Western US Event
Agency: Department of War
Incident date: 2023
Incident location: Western United States
Page 3
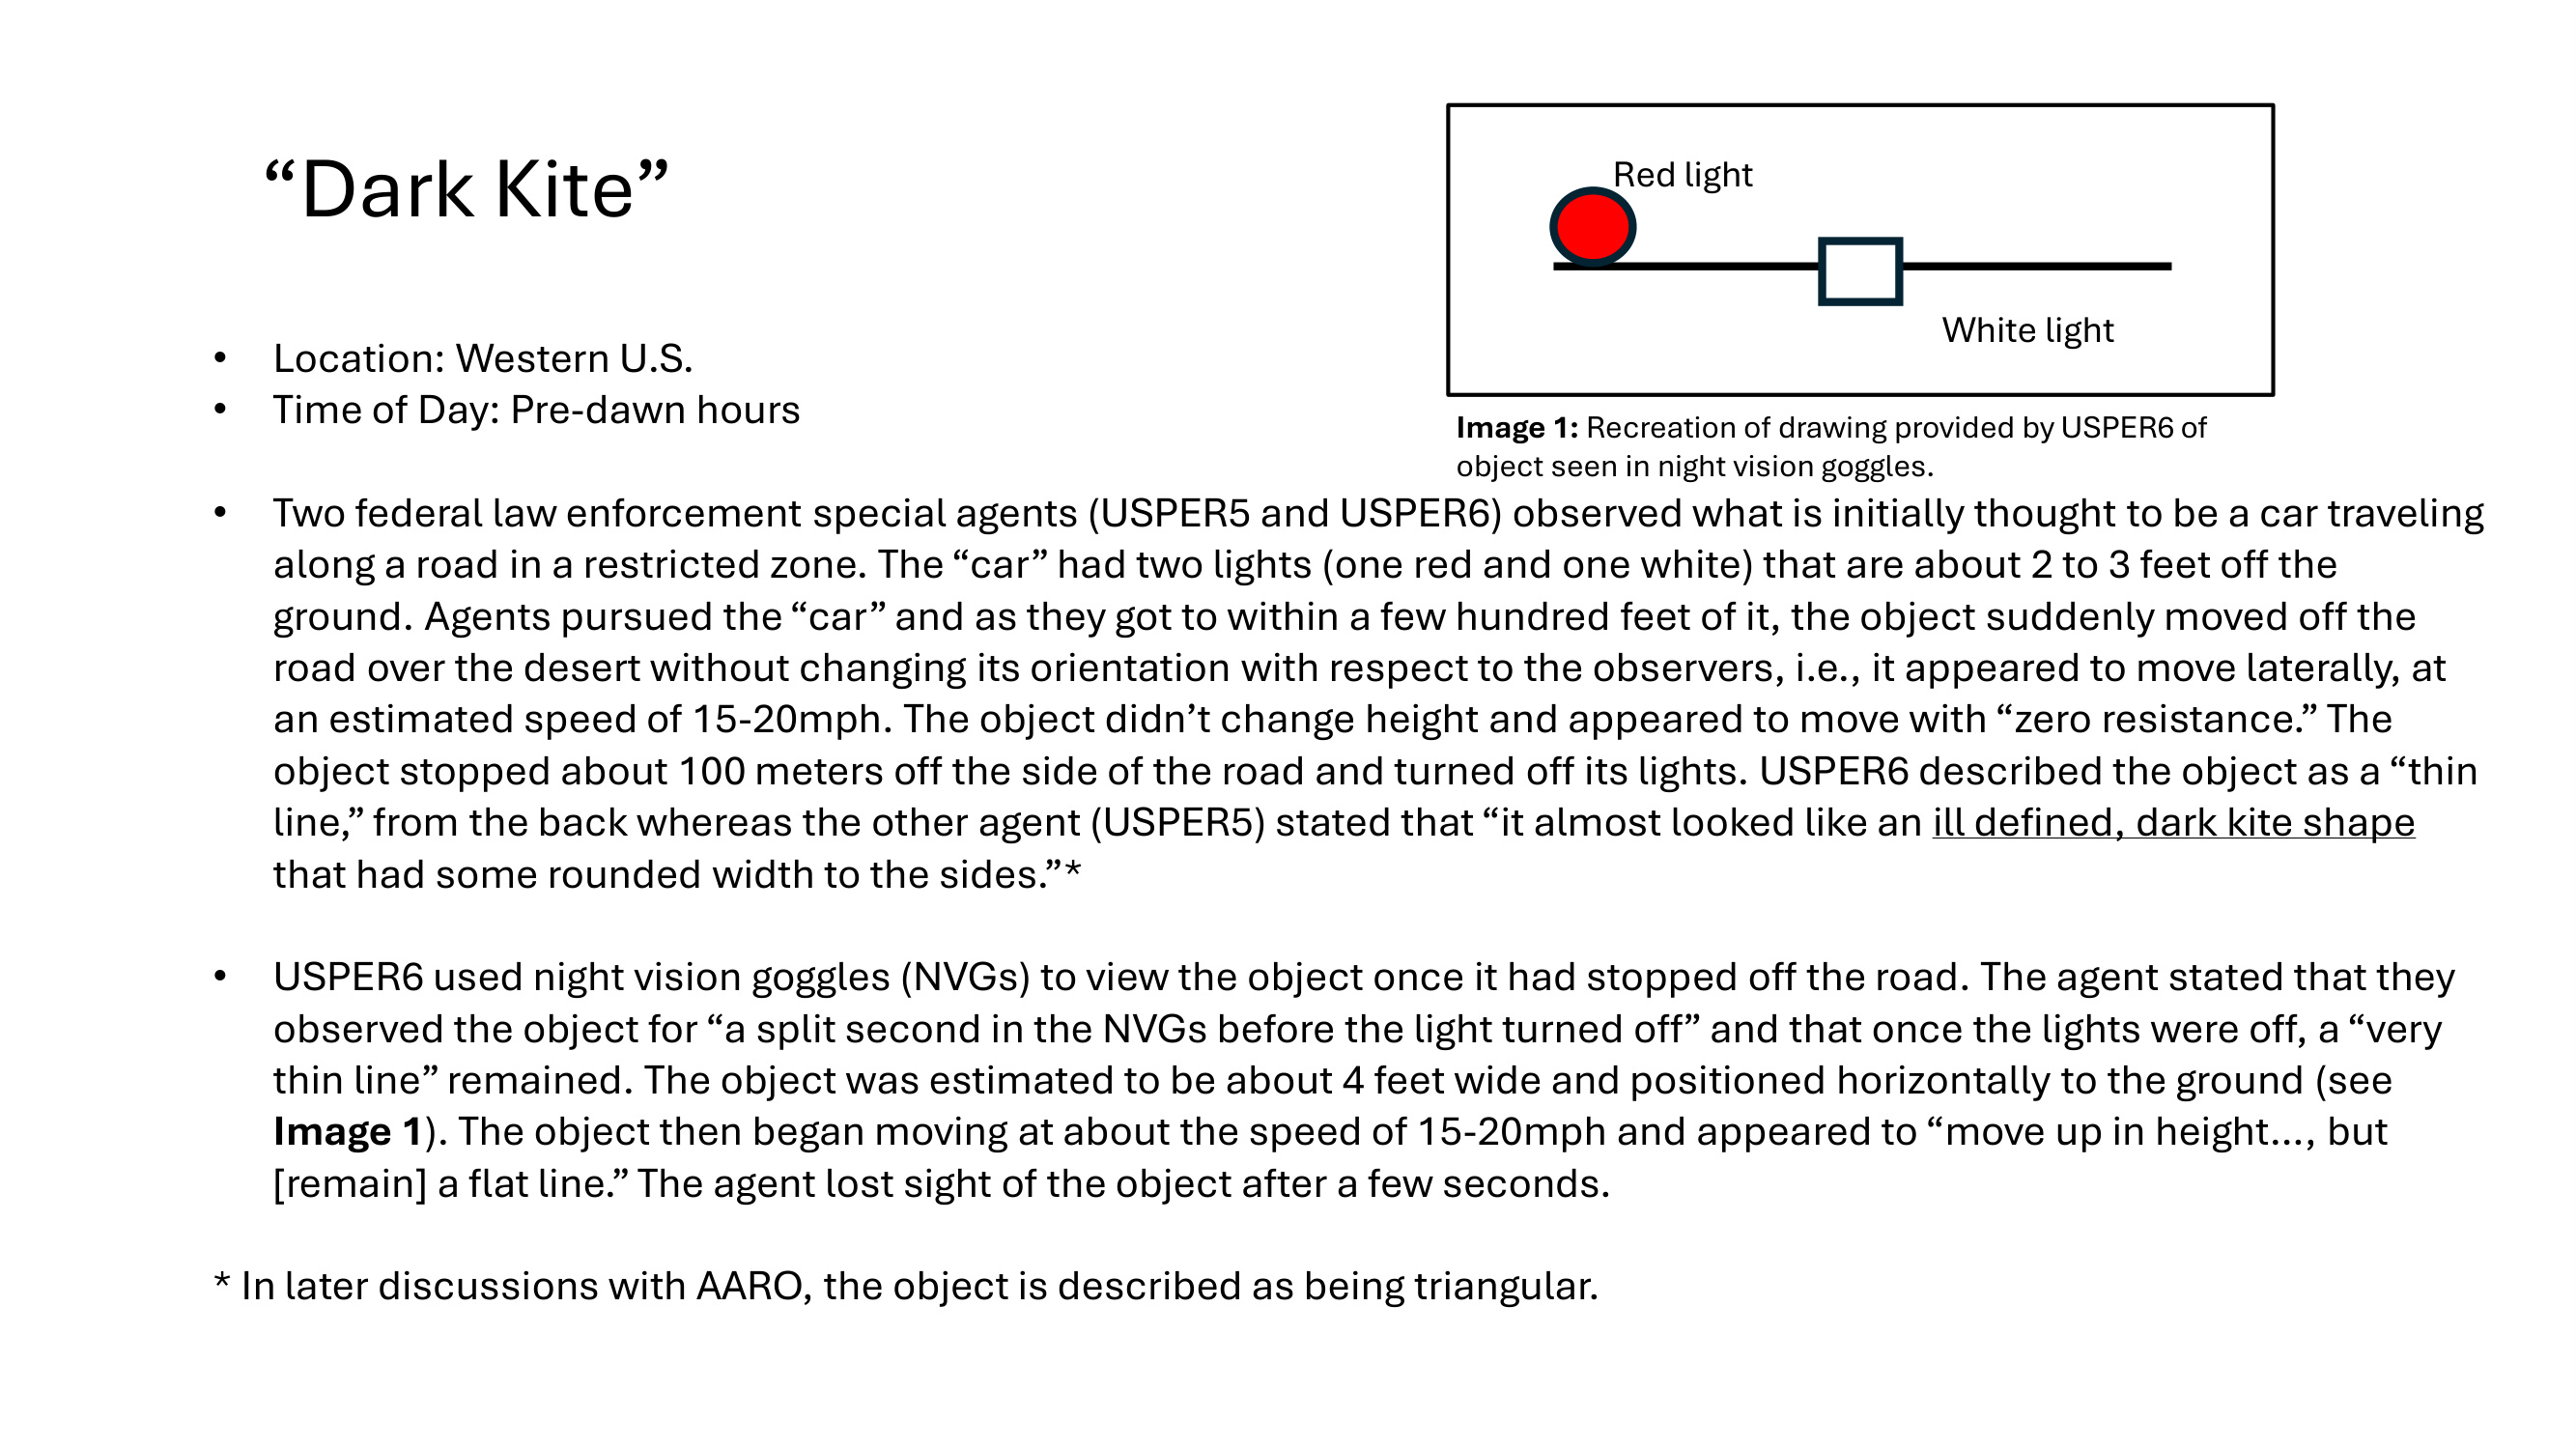